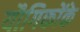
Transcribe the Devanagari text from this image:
यौगिकोंके